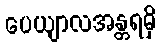
ပေယျာလအန္တရမှိ